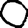
Digit: 0